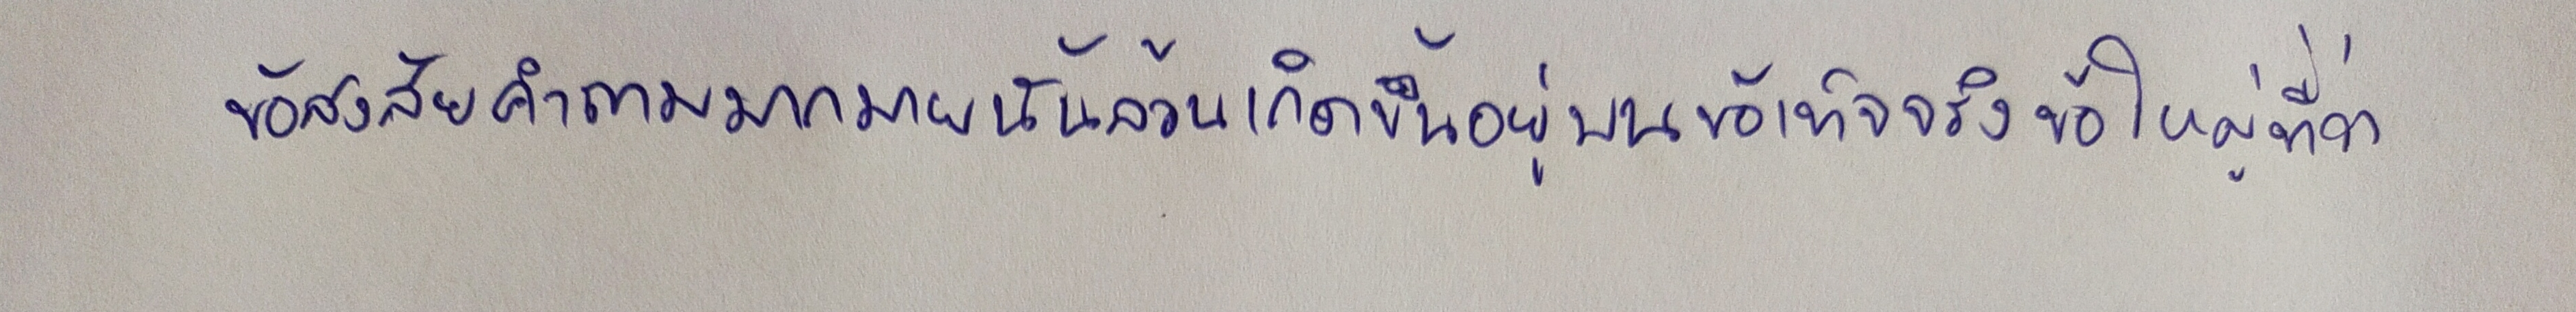
ข้อสงสัยคำถามมากมายนั้นล้วนเกิดขึ้นอยู่บนข้อเท็จจริงข้อใหญ่ที่ว่า